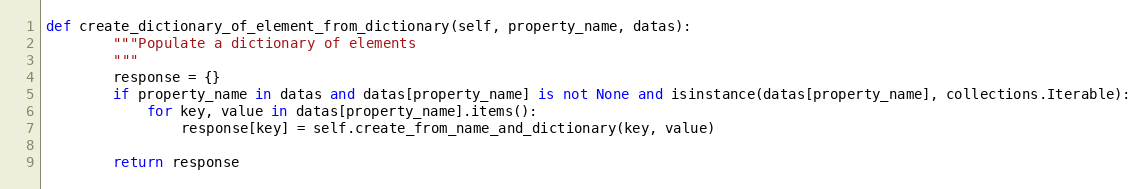
Language: Python
def create_dictionary_of_element_from_dictionary(self, property_name, datas):
        """Populate a dictionary of elements
        """
        response = {}
        if property_name in datas and datas[property_name] is not None and isinstance(datas[property_name], collections.Iterable):
            for key, value in datas[property_name].items():
                response[key] = self.create_from_name_and_dictionary(key, value)

        return response